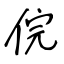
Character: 俒